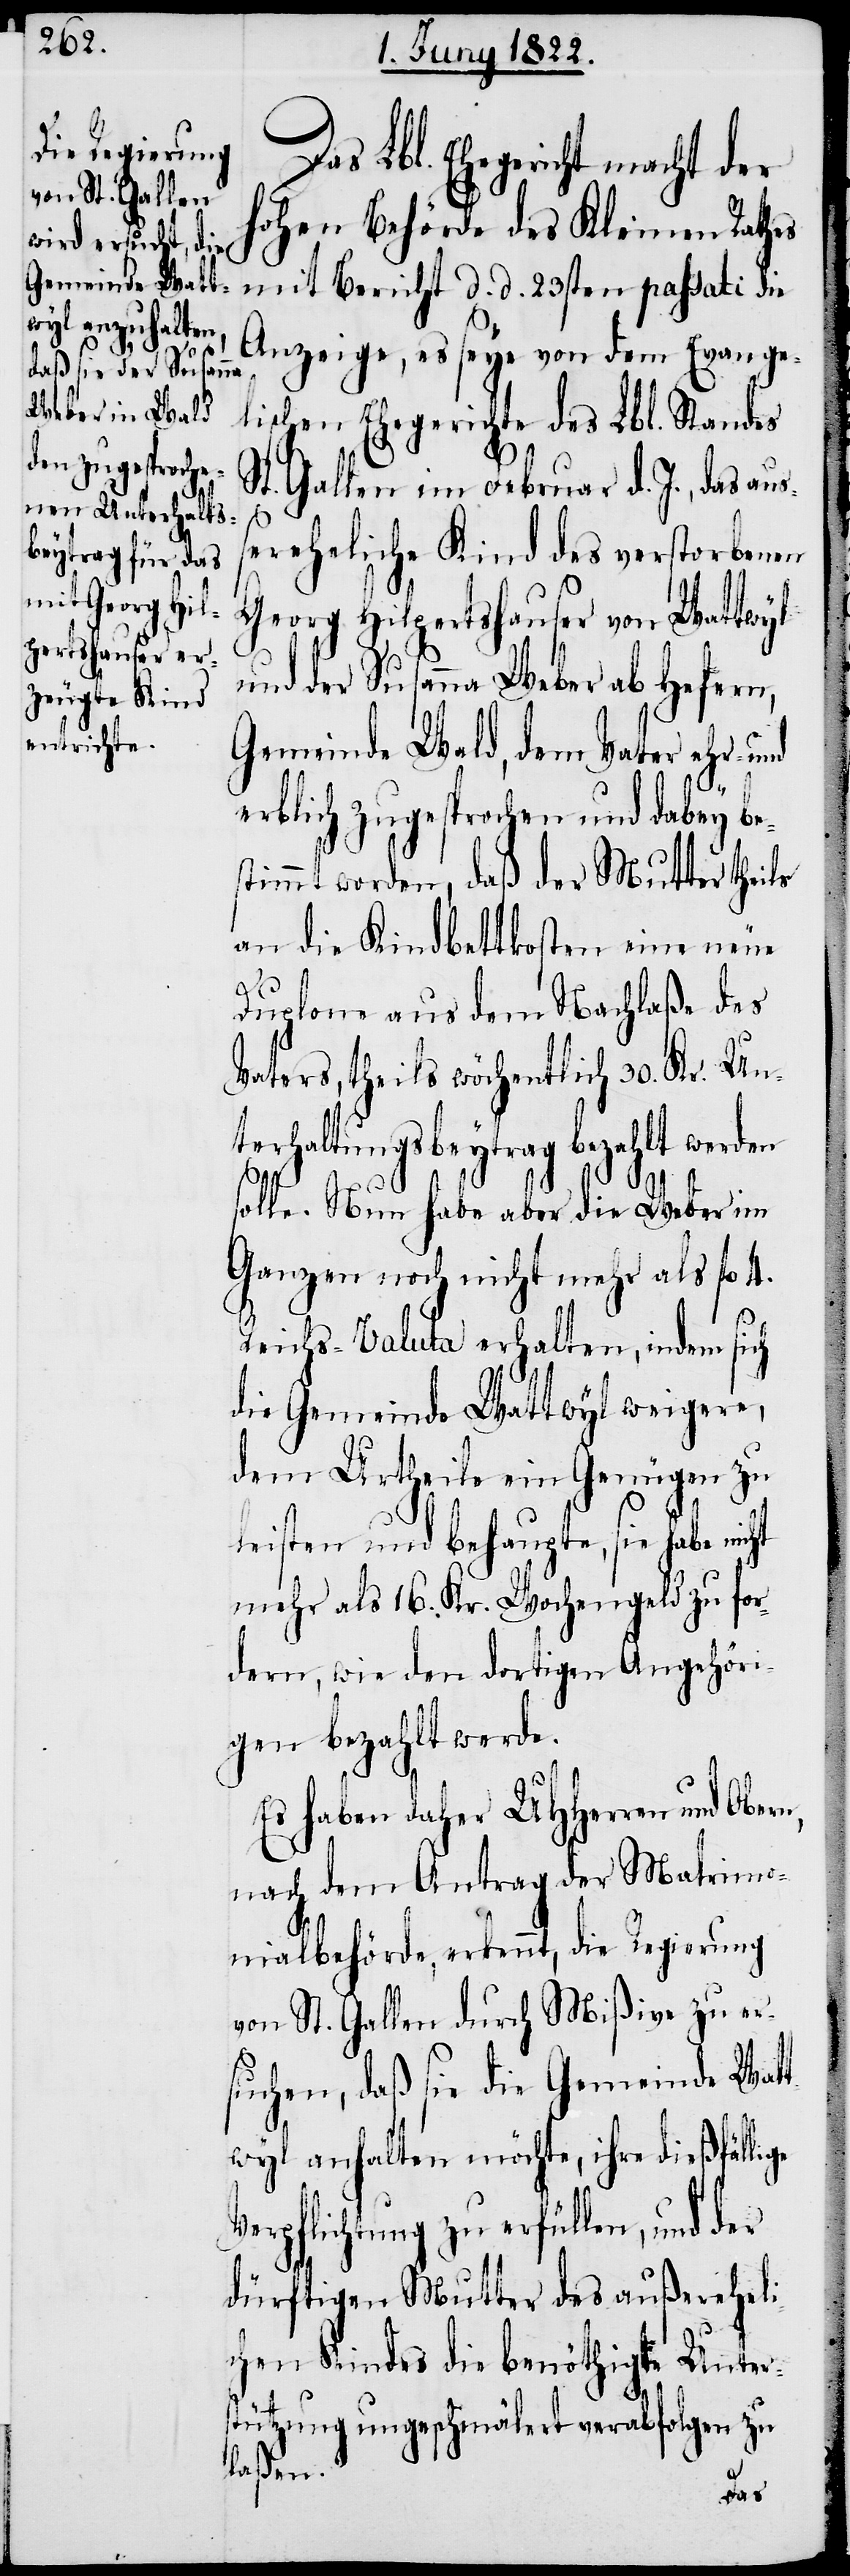
Das Lbl. Ehegericht macht der
hohen Behörde des Kleinen Rathes
mit Bericht d. d. 23sten passati die
Anzeige, es seye von dem Evange¬
lischen Ehegerichte des Lbl. Standes
St. Gallen im Februar d. J., das auß¬
ereheliche Kind des verstorbenen
Georg Hilpertshauser von Wattwyl
und der Susanna Weber ab Hafern,
Gemeinde Wald, dem Vater ehr- und
erblich zugesprochen und dabey be¬
stimmt worden, daß der Mutter theils
an die Kindbettkosten eine neue
Duplone aus dem Nachlaße des
Vaters, theils wöchentlich 30. Kr. Unt¬
erhaltungsbeytrag bezahlt we¬
solle. Nun habe aber die Weber im
Ganzen noch nicht mehr als fl. 4.
Reichs-Valuta erhalten, indem sich
die Gemeinde Wattwyl weigere,
dem Urtheile ein Genügen zu
leisten und behaupte, sie habe nicht
mehr als 16. Kr. Wochengeld zu for¬
dern, wie den dortigen Angehöri¬
gen bezahlt werde.
Es haben daher UHHerren und Ob¬
nach dem Antrag der Matrimo¬
nialbehörde erkennt, die Regierung
von St. Gallen durch Mißive zu er¬
suchen, daß sie die Gemeinde Wat¬
twyl anhalten möchte, ihre dießfällige
rpflichtung zu erfüllen, und der
dürftigen Mutter des außereheli¬
chen Kindes die benöthigte Unter¬
stützung ungeschmälert verabfolgen zu
laßen.
Ve¬